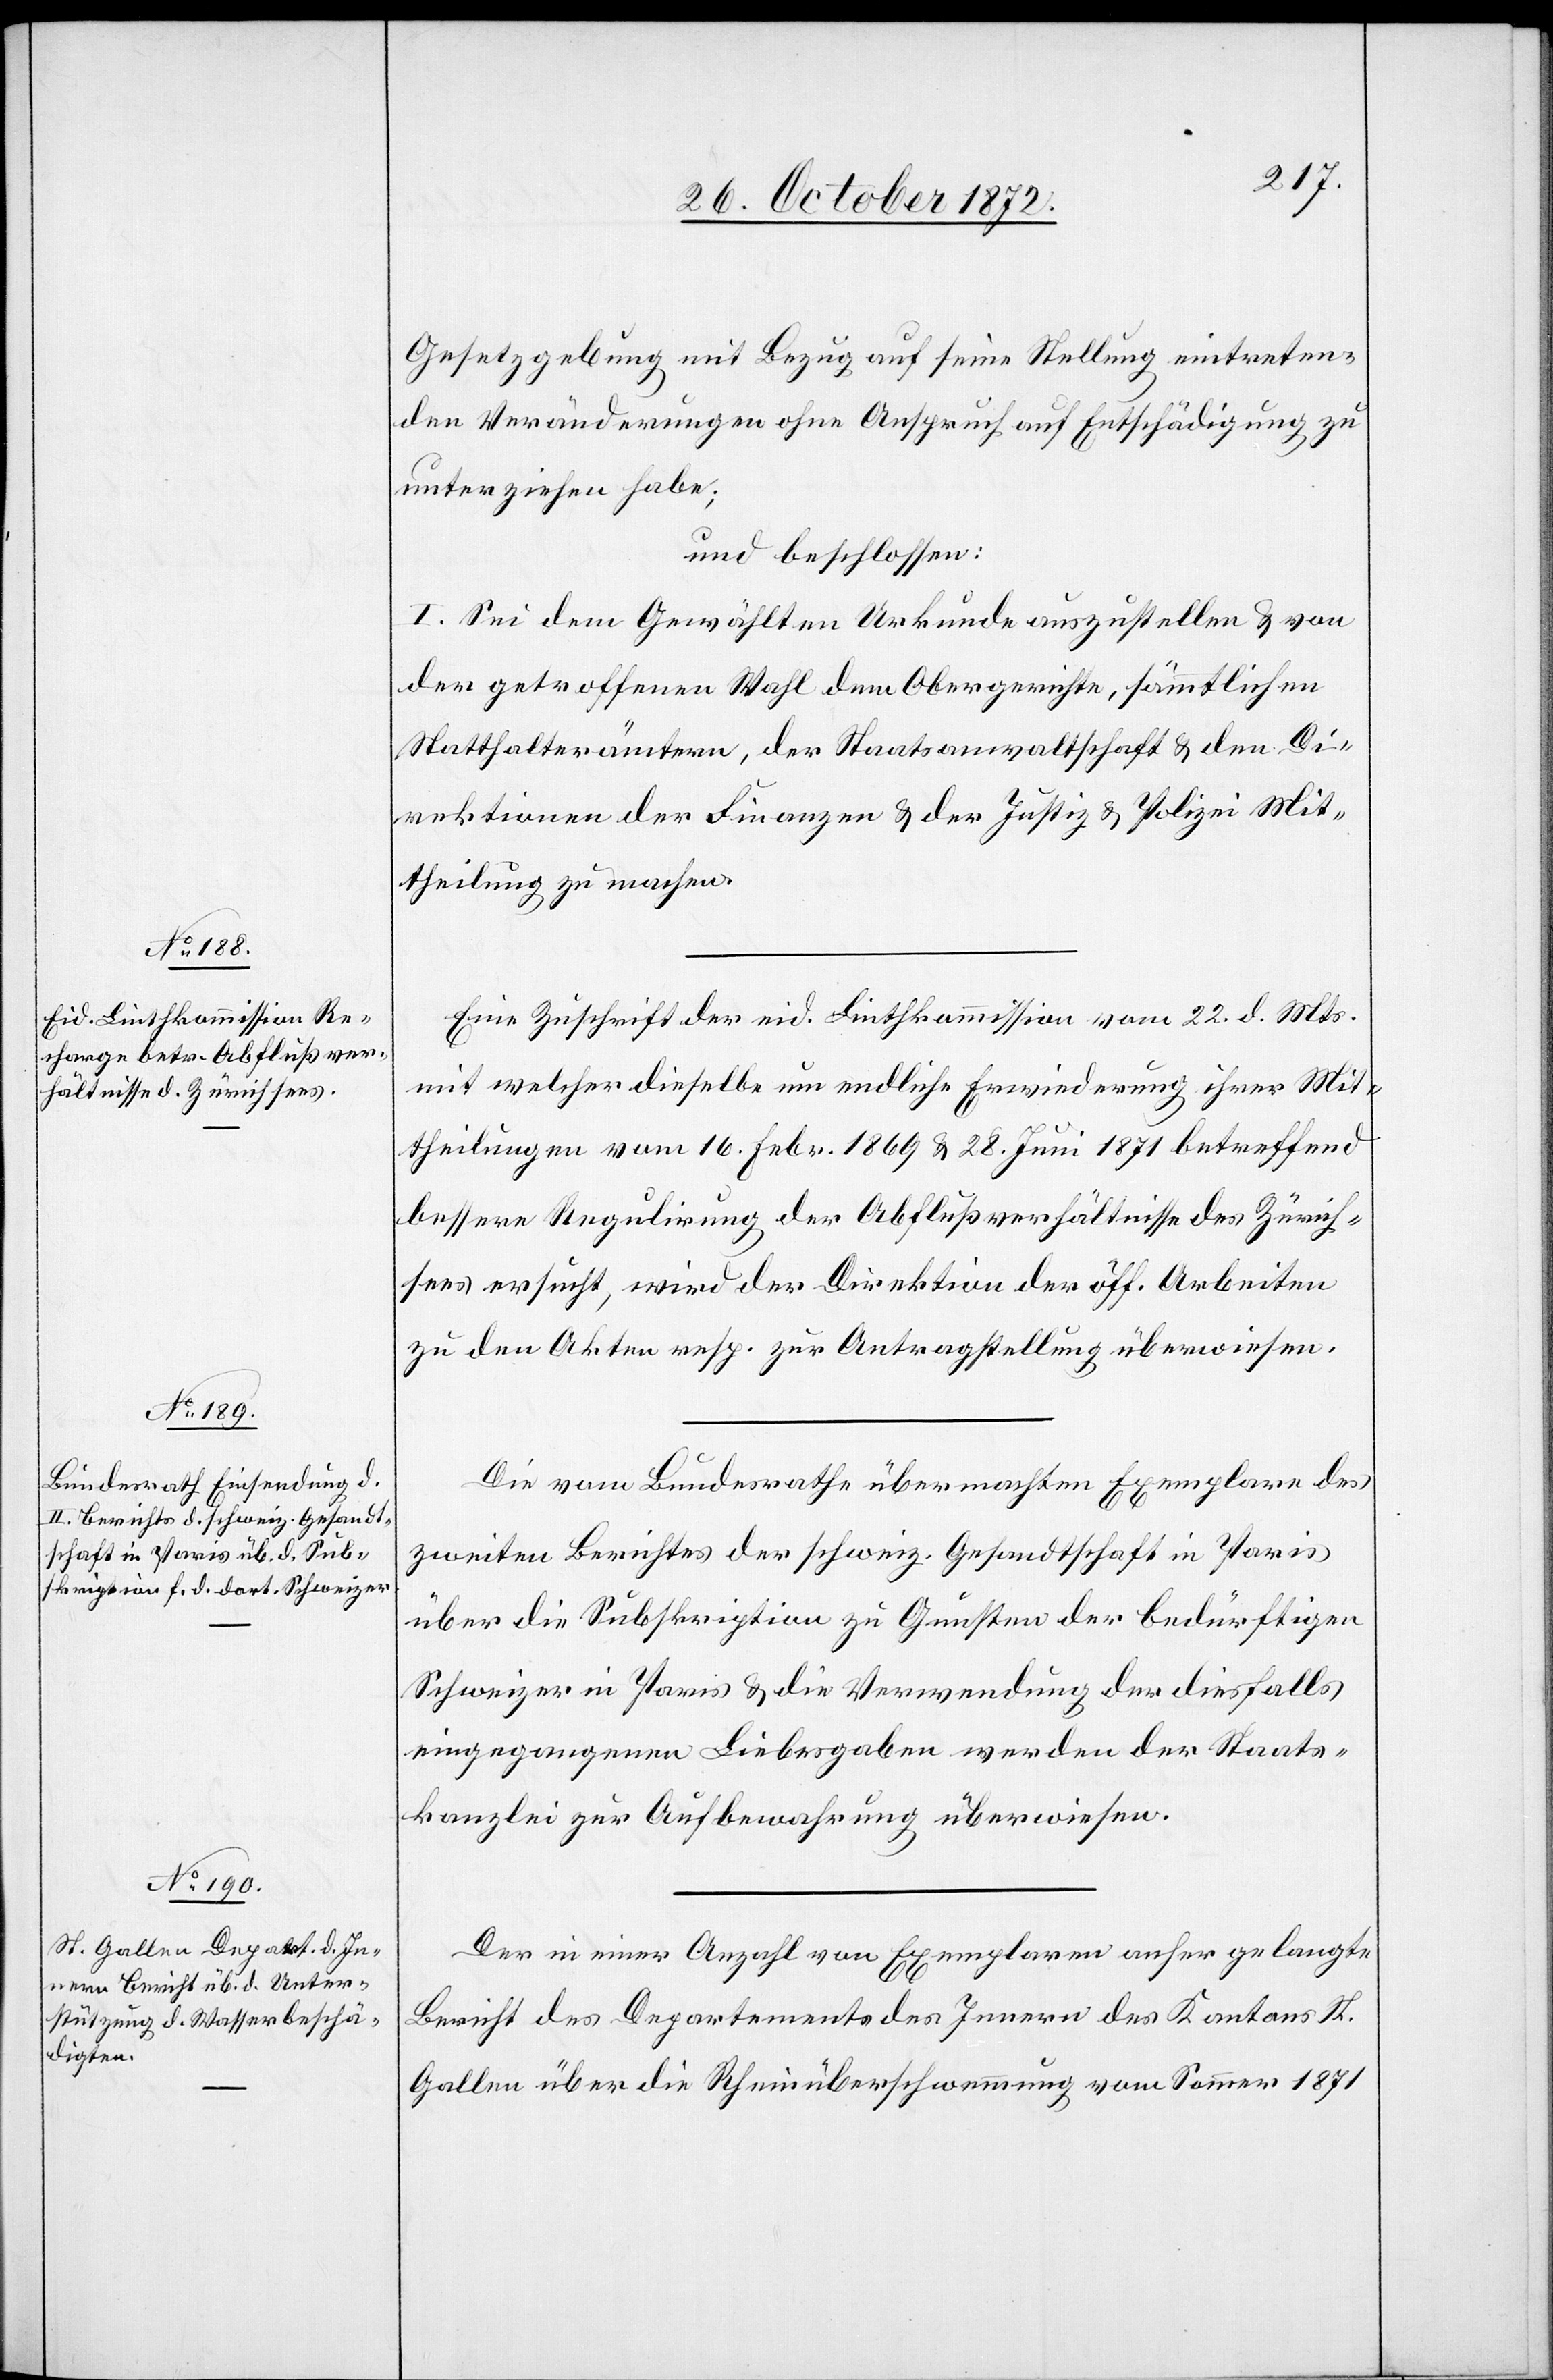
Gesetzgebung mit Bezug auf seine Stellung eintreten¬
den Veränderungen ohne Anspruch auf Entschädigung zu
unterziehen habe;
und beschlossen:
Sei dem Gewählten Urkunde auszustellen u. von
der getroffenen Wahl dem Obergerichte, sämmtlichen
Statthalterämtern, der Staatsanwaltschaft u. den Di¬
rektionen der Finanzen u. der Justiz- u. Polizei Mit¬
theilung zu machen.
Eine Zuschrift der eid. Linthkommission vom 22. d. Mts.
mit welcher dieselbe um endliche Erwiederung ihrer Mit¬
theilungen vom 16. Febr. 1869 u. 28. Juni 1871 betreffend
bessere Regulirung der Abflußverhältnisse des Zürich¬
sees ersucht, wird der Direktion der öff. Arbeiten
zu den Akten resp. zur Antragstellung überwiesen.
Die vom Bundesrathe übermachten Exemplare des
zweiten Berichtes der schweiz. Gesandtschaft in Paris
über die Subskription zu Gunsten der bedürftigen
Schweizer in Paris u. die Verwendung der diesfalls
eingegangenen Liebesgaben werden der Staats¬
kanzlei zur Aufbewahrung überwiesen.
Der in einer Anzahl von Exemplaren anher gelangte
Bericht des Departements des Innern des Kantons St.
Gallen über die Rheinüberschwemmung vom Sommer 1871